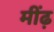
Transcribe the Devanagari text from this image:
मींढ़